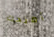
أمنحك